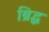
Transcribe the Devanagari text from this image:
ब्रिद्ध